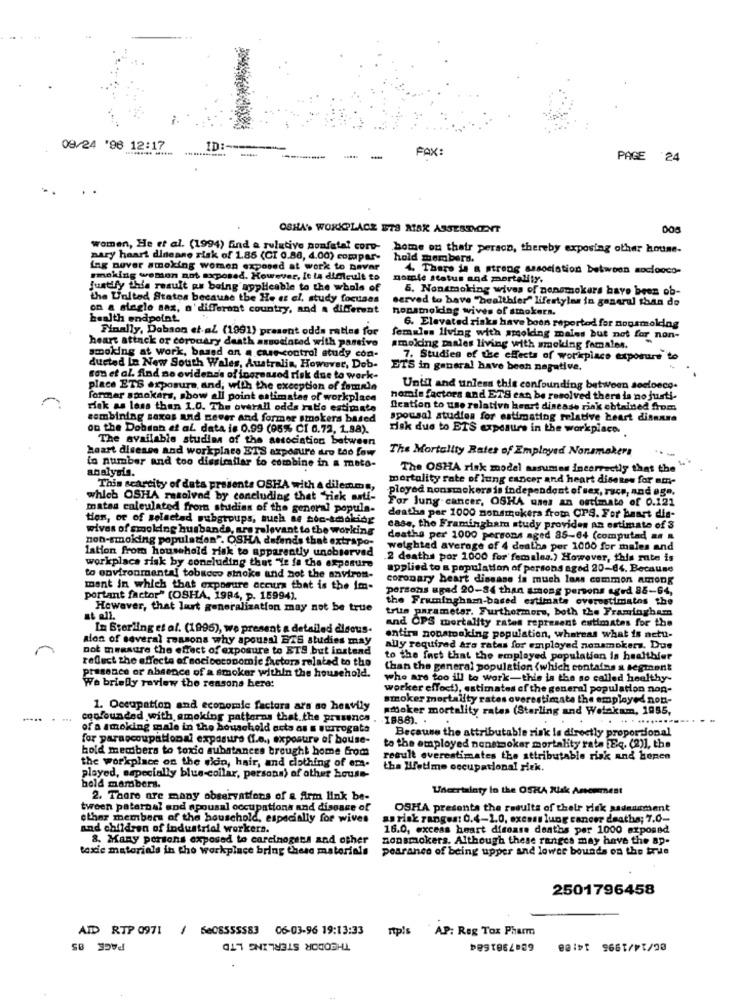
09/24 '96 12:17
......... .....
... ...........
ID :------
FAX:
----------
-
PAGE 24
OSHA'S WORKPLACE ETS MAK ASSESSMENT
women, He et al. (1994) find a rulativo nonfatal corp-
home on their person, thereby exposing other house-
nary heart disease risk of 1.85 (CI 0.88, 4.00) compar-
hold members.
ing never smoking women exposed at work to Davar
4. There is a strong association between sociooco-
smoking wenton not exposed. However, It ta difficult to
morale Status and mortality.
Justfly thie result es boing applicable to the whale of
6. Nonsmoking wives of nonsmokers have been ob-
the United States because the He es el, study focuses
on a slagle sax, n' different country, and a different
hopsmolding wives of smokers.
served to have "healthier" lifestyles in general than do
health endpolat.
Finally, Dobson et al (1991) present odds ratios for
6. Elevated risks have been reported fer nousmolding
heart attack or coronary death associated with passivo
females living with smoking males but not for non-
smoking at work, based on a case-control study con-
amolding males living with smoking famales.
7. Studies of use effects of workplace exposure to
ducted lo New South Wales, Australia, However, Dob-
ETS in general have been negative.
son et al. find no ovidens's of increased risk due to work-
place ETS exposure, and, with the exception of female
Until and unless this confounding between socioeco.
formar smokers, show all point estimates of workplace
horain factors and ET'S can be resolved thera ia no justi-
risk as less than 1.0. The overall odds rato estimate
Ication to use relativa heart disease risk obtained from
combining saxes and never and former smokers based
spousal studies for estimating relative heart disease
on the Dobran of al data is 0.99 (95% CI 0.72, 1.88).
risk due to ETS exposure in the workplace.
The available studies of the association between
heart disease and workplace ET'S axpomire dro too fow
The Mortality Rates of Employed Nonsmokers
io number and too dissimilar to combine in a meta-
analysis.
The OSHA risk model assumes incorrectly that the ""
mortality rate of lung cancer and heart disetes for am-
This scarcity of dats presents OSHA with a dilemma,
ployed nonsmokers is independent of sex, race, and ogn.
which OSHA resolved by concluding that "rick anti-
For lung cancer, OSHA unes an estimate of 0.121
matas enleulated from studies of the general popula-
tion, or of selected pubgroups, such as soc-smoking
deaths per 1000 nonsmokera frota CPS. For heart dis-
wives of smoking husbands, ara relevant to the working
case, the Framingham study provides an estimate of 3
non-smoking population". OSHA defends that extrapo-
deathe per 1000 persons aged 85-64 (computad an
lation from household risk to apparently unobserved
weighted average of 4 dealba per 1000 for males and
.2 deaths por 1000 for' females.) However, this rate is
workplace risk by concluding that "Ye fa the exposure
applied to a population of persons aged 20-64. Because
to environmental tobacco stoke tund not the environ-
coronary heart disease is much lams common Among
ment in which that exposure cecura that is the im-
persons upad 20-84 than among persons aged 86-64,
portant factor" (OSHA, 1984, p. 15994).
the Framingham-based estimate overestimates the
However, that last generalization may not be true
trun parameter. Furthermore, both the Framingham
at all.
In Sterling et al. (1995), we present a detailed disous-
and OPS mortality rates represent estimates for the
alon of several reasons why spousal BTS studies may
entire nonstocking population, whereas what is nett-
not measure the effect of exposure to ETS but instead
ally required are rates for employed nonsmokers. Due
reflect the effects of socioeconomic factors related to the
to the fact that the employed population is healthier
than the general population (which contains a segment
presence or absence of a smoker within the household.
who are too ill to work-this is the so called healthy
We briefly review the reasons here:
worker effoct), estimates of the general population non-
smoker mortality rates overestimate the employed non-
1. Occupation and economic factura ara so heavily
smoker mortality rates (Sterling and Wolnkam, 1955,
confounded with amoking patterns that.the prusencs
1988). .
. . .....-----
of a smoking male in the household acta as s surrogata
Because the attributable risk la directly proportional
for paraoccupational exposure (1.o ., exposure of bouse-
bold members to toxic substances brought home from
to the employed nonsmoker mortality rate Eq. (2)], the
the workplace on the sidin, hair, and clothing of em-
result everestimates the attributable risk and hopen
tha Betime occupational rick.
played, especially blue-collar, persona) of other house-
hold mambers.
Uherriainty in the OSHA Nak Amsommest
2. There are many observations of a firm link be-
tween paternal and spousal occupations and disease of
OSHA presenta the results of their risk sadument
other members of the household, especially for wives
as risk ranges: 0.4-1.0, excess lung cancer deaths; 7.0-
and children of industrial workers.
16.0, excess heart disease deaths per 1000 exposed
8. Many porsons exposed to carcinogens and other
nonsmokers. Although these rangcs may have the ap-
toxic materials in the workplace bring these materials
pearance of being upper and lower bounds on the true
2501796458
AID RTP 0971
/ 6e08555583 06-03-96 19:13:33
rtp/s
' AP: Reg Tox Pharm
PACE 85
THEODOR STERLING LTD
6887981684